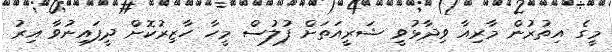
މީގެ އިތުރުން މާރިއާ ވިދާޅުވީ ޝަރީއަތަށް ފުލުސް މީހާ ހާޒިރުކޮށް ދީފައިނުވާ އިރު